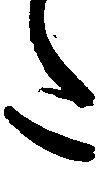
た